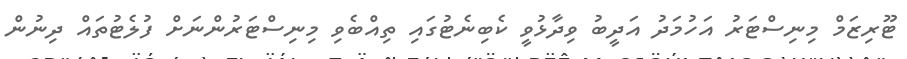
ޓޫރިޒަމް މިނިސްޓަރު އަހުމަދު އަދީބު ވިދާޅުވީ ކެބިނެޓުގައި ތިއްބެވި މިނިސްޓަރުންނަށް ފުލެޓުތައް ދިނުން